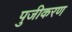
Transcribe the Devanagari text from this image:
पुजीकरण